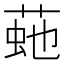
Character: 𦴍